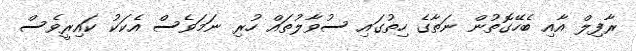
ރާފިލް އާއި ބެހޭގޮތުން ނަތާގެ ހިތުގައި ސުވާލުތައް ހުރި ނަމަވެސް އެކަކު ކައިރީވެސް